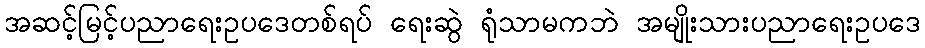
အဆင့်မြင့်ပညာရေးဥပဒေတစ်ရပ် ရေးဆွဲ ရုံသာမကဘဲ အမျိုးသားပညာရေးဥပဒေ